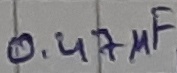
Text: 0.47µF